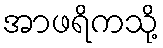
အာဖရိကသို့